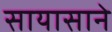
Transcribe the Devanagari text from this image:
सायासाने